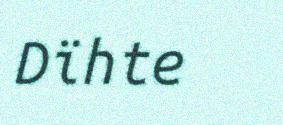
Dïhte